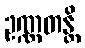
ဥဏ္ဏတန္တိ